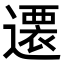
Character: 𨗢